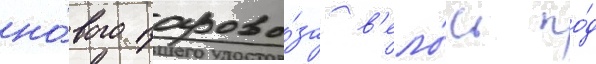
но́вого парово́за в'ело́сь по́д